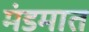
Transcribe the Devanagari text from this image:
मंडमात